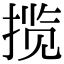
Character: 揽